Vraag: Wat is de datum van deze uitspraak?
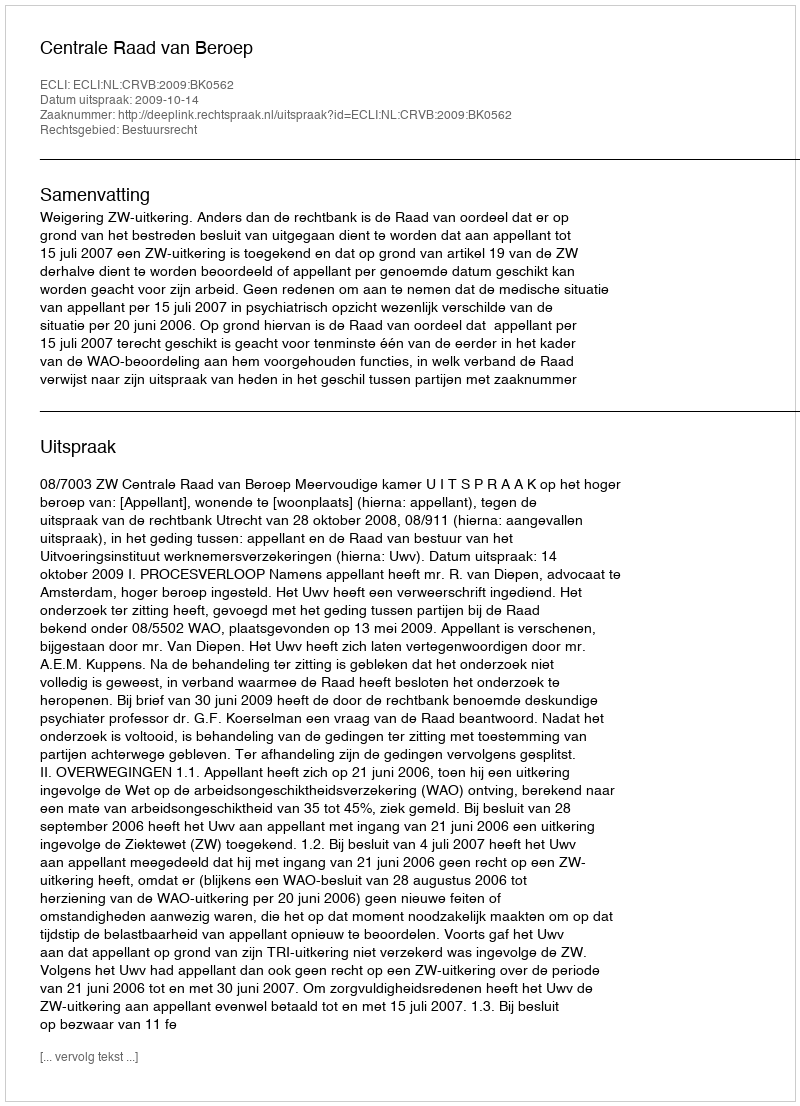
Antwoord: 2009-10-14